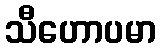
သီဟောပမာ